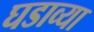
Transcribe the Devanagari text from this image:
घडाव्या